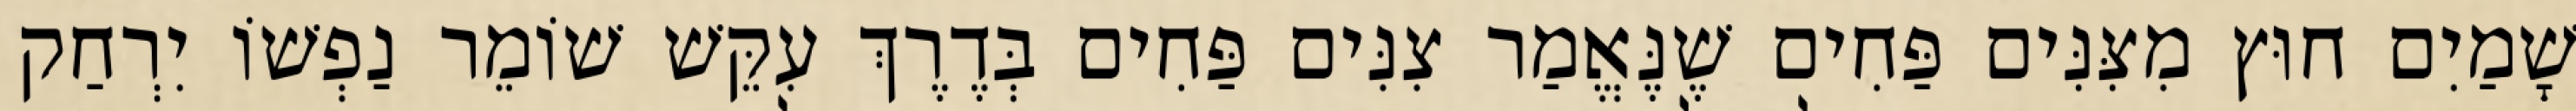
שָׁמַיִם חוּץ מִצִּנִּים פַּחִים שֶׁנֶּאֱמַר צִנִּים פַּחִים בְּדֶרֶךְ עִקֵּשׁ שׁוֹמֵר נַפְשׁוֹ יִרְחַק